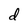
Character: d